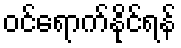
ဝင်ရောက်နိုင်ရန်